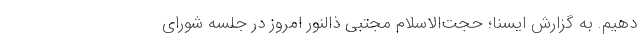
دهیم. به گزارش ایسنا؛ حجت‌الاسلام مجتبی ذالنور امروز در جلسه شورای